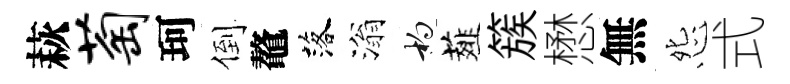
萩萄珂倒鼇落滃杓薤簇懋無怨式